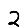
Digit: 2